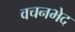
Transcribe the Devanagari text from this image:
वचनभेद